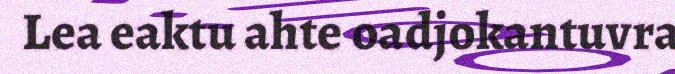
Lea eaktu ahte oadjokantuvra